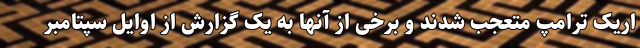
اریک ترامپ متعجب شدند و برخی از آنها به یک گزارش از اوایل سپتامبر